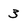
Character: 3